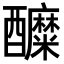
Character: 醾